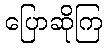
ပြောဆိုကြ